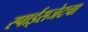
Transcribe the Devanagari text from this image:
स्पाईसजेटचा